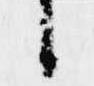
候